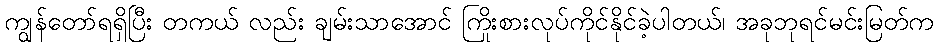
ကျွန်တော်ရရှိပြီး တကယ် လည်း ချမ်းသာအောင် ကြိုးစားလုပ်ကိုင်နိုင်ခဲ့ပါတယ်၊ အခုဘုရင်မင်းမြတ်က